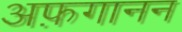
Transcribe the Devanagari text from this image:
अफ़गानन